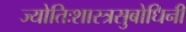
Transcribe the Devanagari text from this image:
ज्योतिःशास्त्रसुबोधिनी